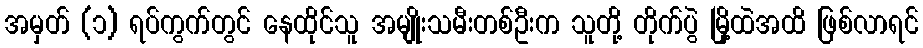
အမှတ် (၁) ရပ်ကွက်တွင် နေထိုင်သူ အမျိုးသမီးတစ်ဦးက သူတို့ တိုက်ပွဲ မြို့ထဲအထိ ဖြစ်လာရင်